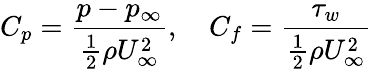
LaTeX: C_{p}=\frac{p-p_{\infty}}{\frac{1}{2}\rho U_{\infty}^{2}},\quad C_{f}=\frac{\tau_{w}}{\frac{1}{2}\rho U_{\infty}^{2}}